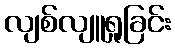
လျစ်လျူရှုခြင်း